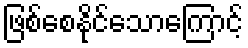
ဖြစ်စေနိုင်သောကြောင့်